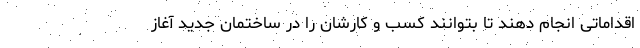
اقداماتی انجام دهند تا بتوانند کسب و کارشان را در ساختمان جدید آغاز